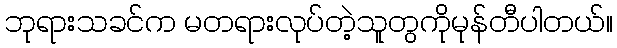
ဘုရားသခင်က မတရားလုပ်တဲ့သူတွကိုမုန်တီပါတယ်။